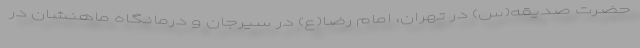
حضرت صدیقه(س) در تهران، امام رضا(ع) در سیرجان و درمانگاه ماهنشان در